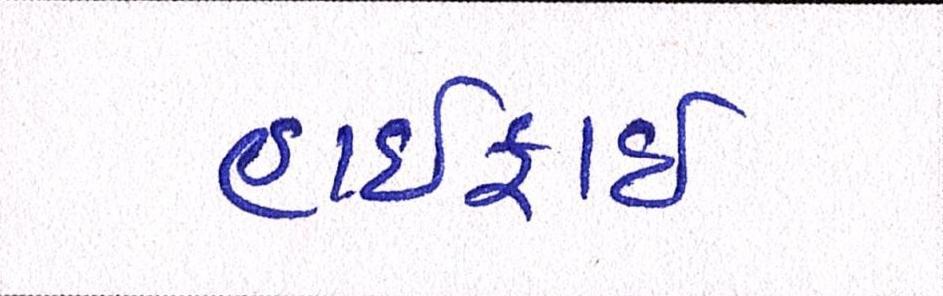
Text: હાઈફાઈ